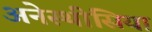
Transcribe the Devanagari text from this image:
अनेस्थीसिया